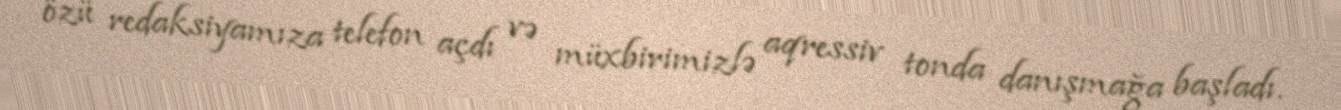
özü redaksiyamıza telefon açdı və müxbirimizlə aqressiv tonda danışmağa başladı.